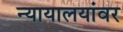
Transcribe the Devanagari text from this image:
न्यायालयांवर